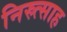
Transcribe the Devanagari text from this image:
निस्र्त्साह